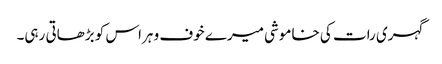
گہری رات کی خاموشی میرے خوف و ہراس کو بڑھاتی رہی۔